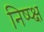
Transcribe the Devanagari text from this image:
निष्प्क्ष